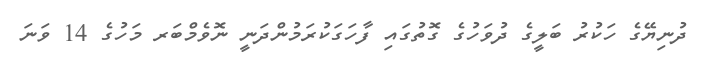
ދުނިޔޭގެ ހަކުރު ބަލީގެ ދުވަހުގެ ގޮތުގައި ފާހަގަކުރަމުންދަނީ ނޮވެމްބަރ މަހުގެ 14 ވަނަ